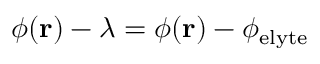
\phi ( \mathbf { r } ) - \lambda = \phi ( \mathbf { r } ) - \phi _ { \mathrm { e l y t e } }